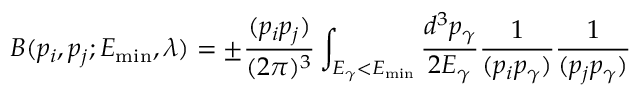
B ( p _ { i } , p _ { j } ; E _ { \mathrm { { m i n } } } , \lambda ) = \pm \frac { ( p _ { i } p _ { j } ) } { ( 2 \pi ) ^ { 3 } } \int _ { E _ { \gamma } < E _ { \mathrm { m i n } } } \frac { d ^ { 3 } p _ { \gamma } } { 2 E _ { \gamma } } \frac { 1 } { ( p _ { i } p _ { \gamma } ) } \frac { 1 } { ( p _ { j } p _ { \gamma } ) }